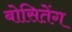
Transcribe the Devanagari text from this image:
बोसितेंग